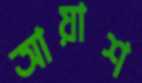
আয়াশ